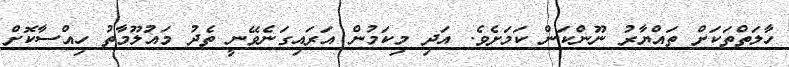
ހާލަތްތަކަށް ތައްޔާރު ނޫންކަން ކަމަށެވެ. އަދި މިކަމުން އަރައިގަނެވޭނީ ތެދު މައުލޫމާތު ހިއްސާކޮށް